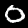
Digit: 0